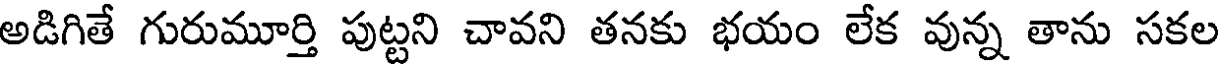
అడిగితే గురుమూర్తి పుట్టని చావని తనకు భయం లేక వున్న తాను సకల